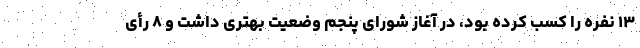
۱۳ نفره را کسب کرده بود، در آغاز شورای پنجم وضعیت بهتری داشت و ۸ رأی